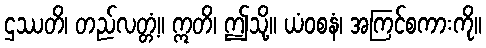
ဌဿတိ၊ တည်လတ္တံ့။ ဣတိ၊ ဤသို့။ ယံဝစနံ၊ အကြင်စကားကို။